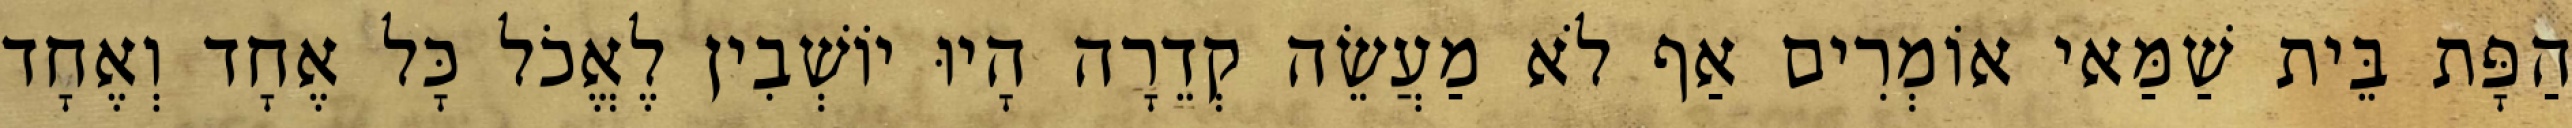
הַפָּת בֵּית שַׁמַּאי אוֹמְרִים אַף לֹא מַעֲשֵׂה קְדֵרָה הָיוּ יוֹשְׁבִין לֶאֱכֹל כָּל אֶחָד וְאֶחָד